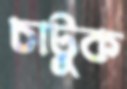
চাটুক